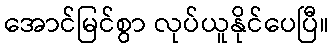
အောင်မြင်စွာ လုပ်ယူနိုင်ပေပြီ။